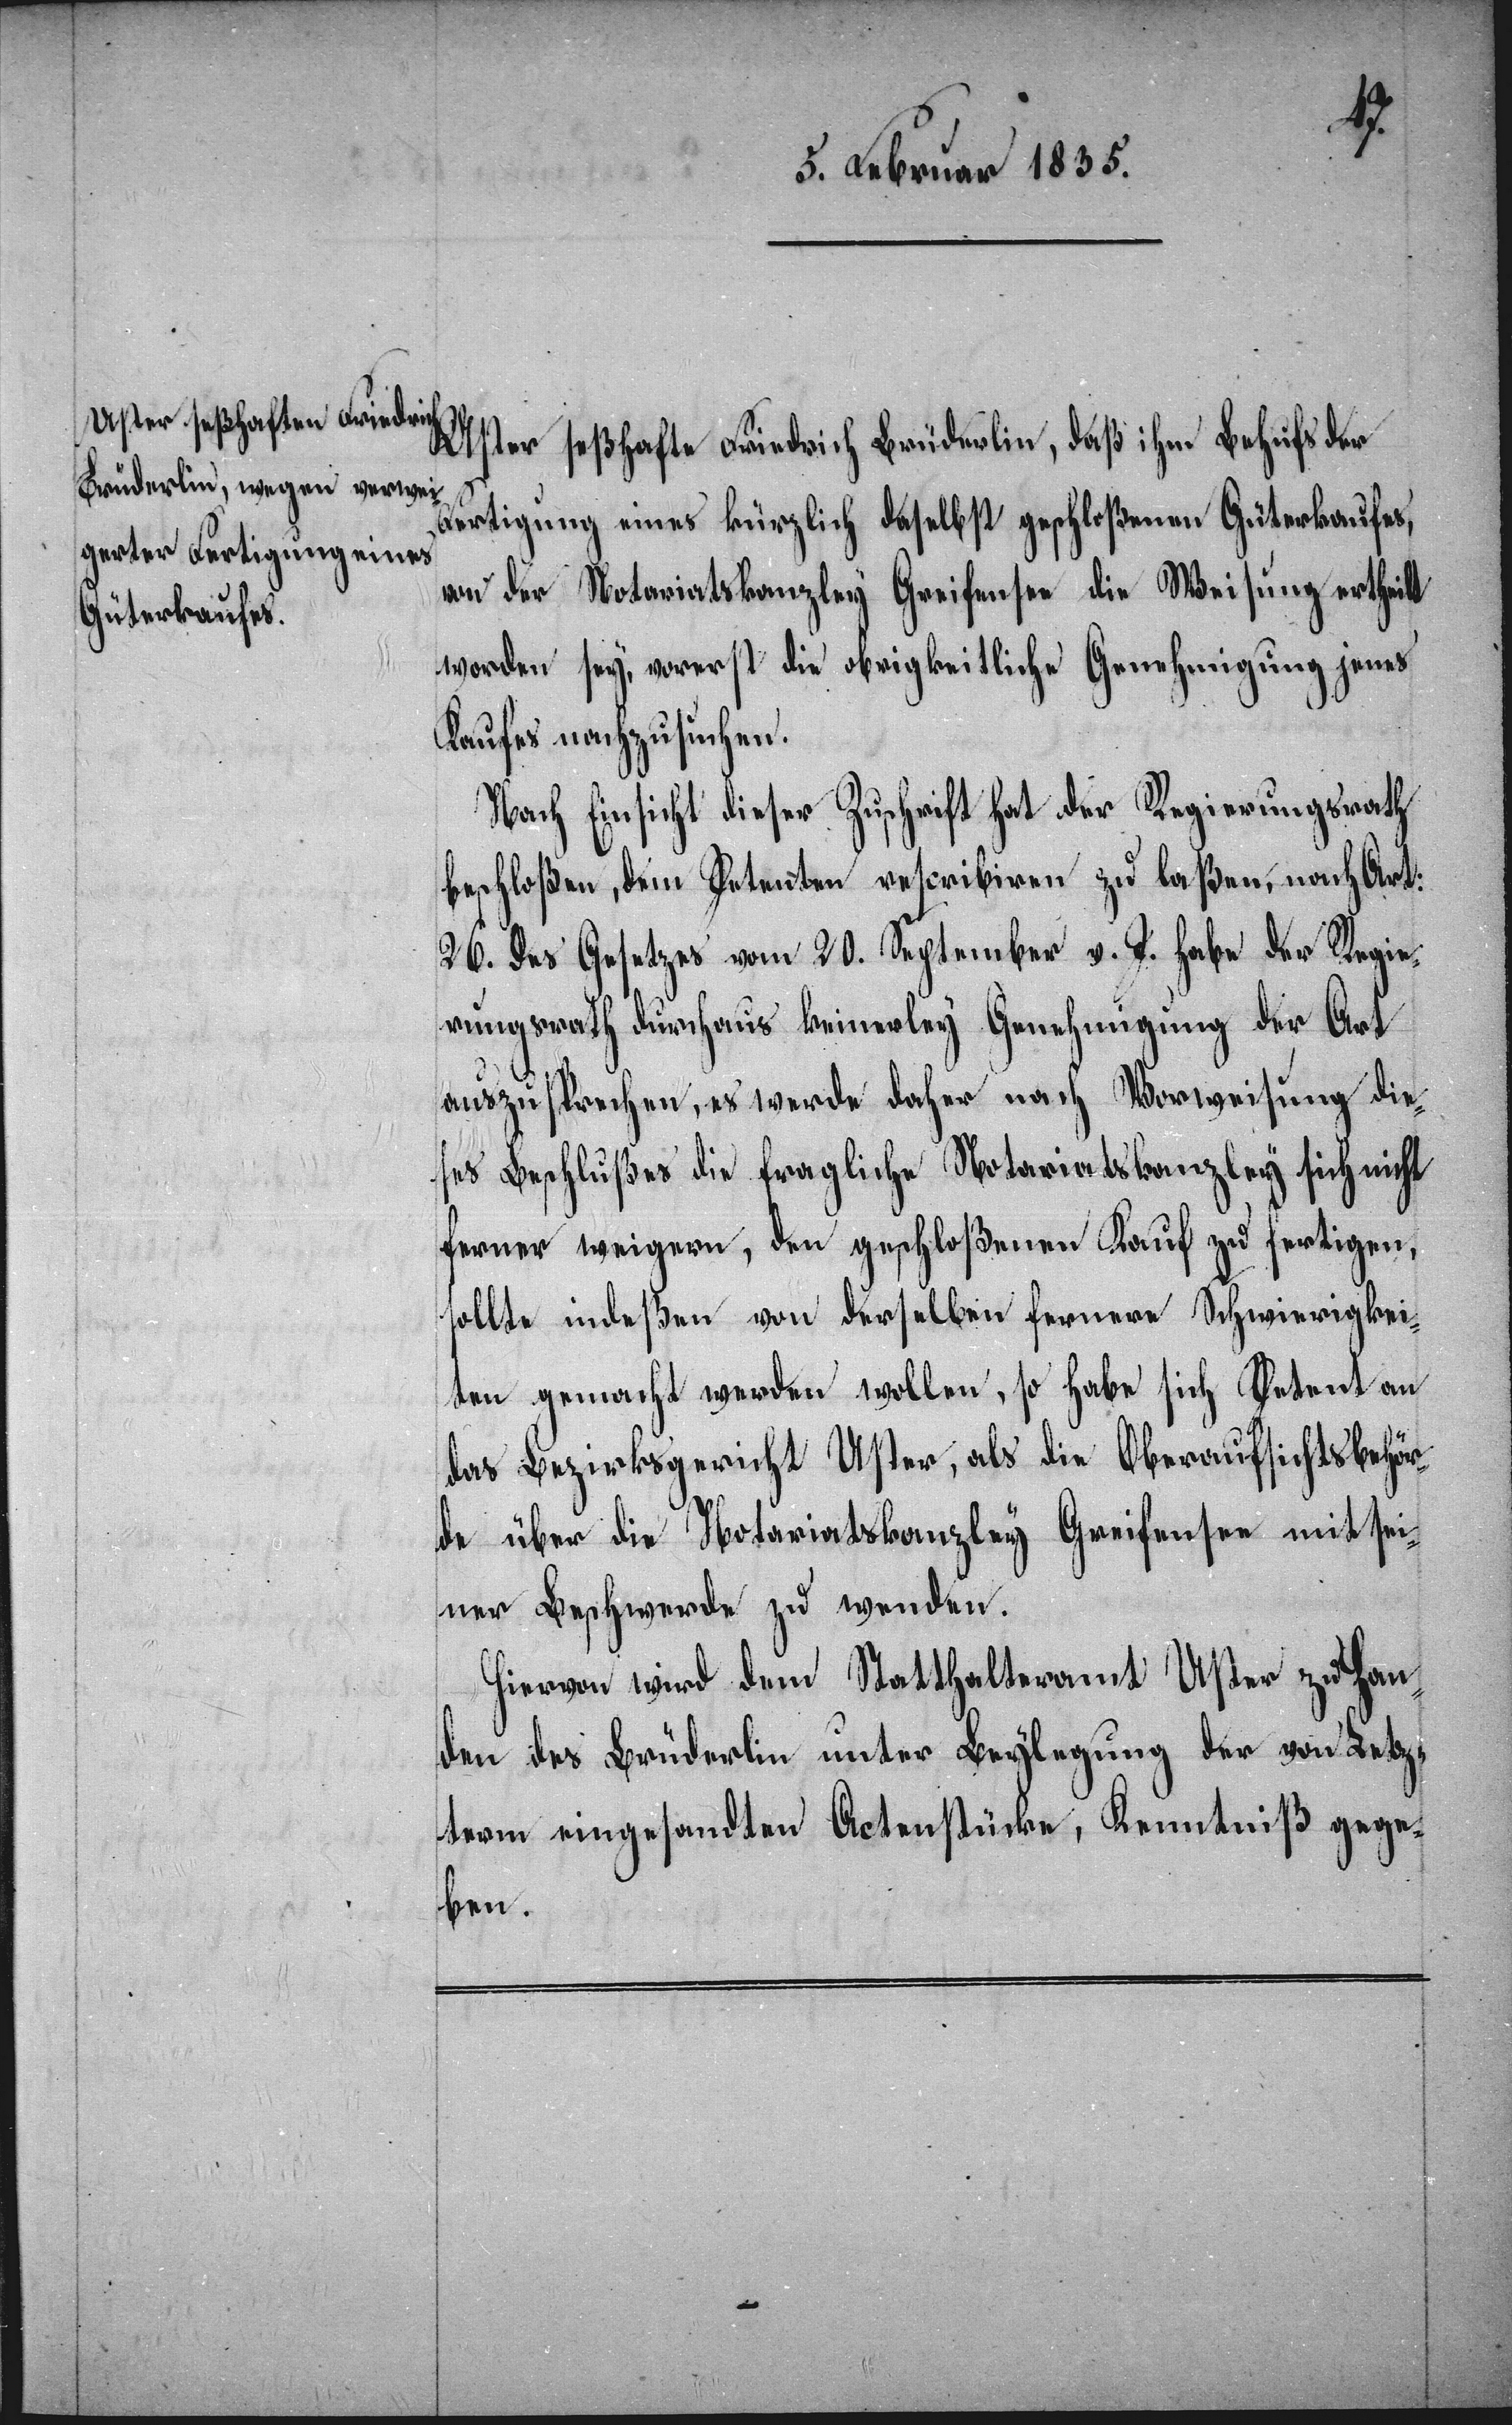
Uster seßhafte Friedrich Brüderlin, daß ihm Behufs der
Fertigung eines kürzlich daselbst geschloßenen Güterkaufes,
von der Secretariatskanzley Greifensee die Weisung ertheilt
worden sey, vorerst die obrigkeitliche Genehmigung jenes
Kaufes nachzusuchen.
Nach Einsicht dieser Zuschrift hat der Regierungsrath
beschloßen, dem Petenten rescribiren zu laßen, nach Art:
26. des Gesetzes vom 20. September v. J. habe der Regie¬
rungsrath durchaus keinerley Genehmigung der Art
auszusprechen, es werde daher auch nach Vorweisung die¬
ses Beschlußes die fragliche Notariatskanzley sich nicht
ferner weigern, den geschloßenen Kauf zu fertigen,
sollte indeßen von derselben fernere Schwierigkei¬
ten gemacht werden wollen, so habe sich Petent an
das Bezirksgericht Uster, als die Oberaufsichtsbehör¬
de über die Notariatskanzley Greifensee mit sei¬
ner Beschwerde zu wenden.
Hiervon wird dem Statthalteramt Uster zu Han¬
den des Brüderlin unter Beylegung der von Letz¬
term eingesandten Actenstücke, Kenntniß gege¬
ben.